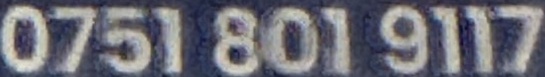
0751 801 9117